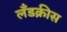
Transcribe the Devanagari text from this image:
लँडक्रीस